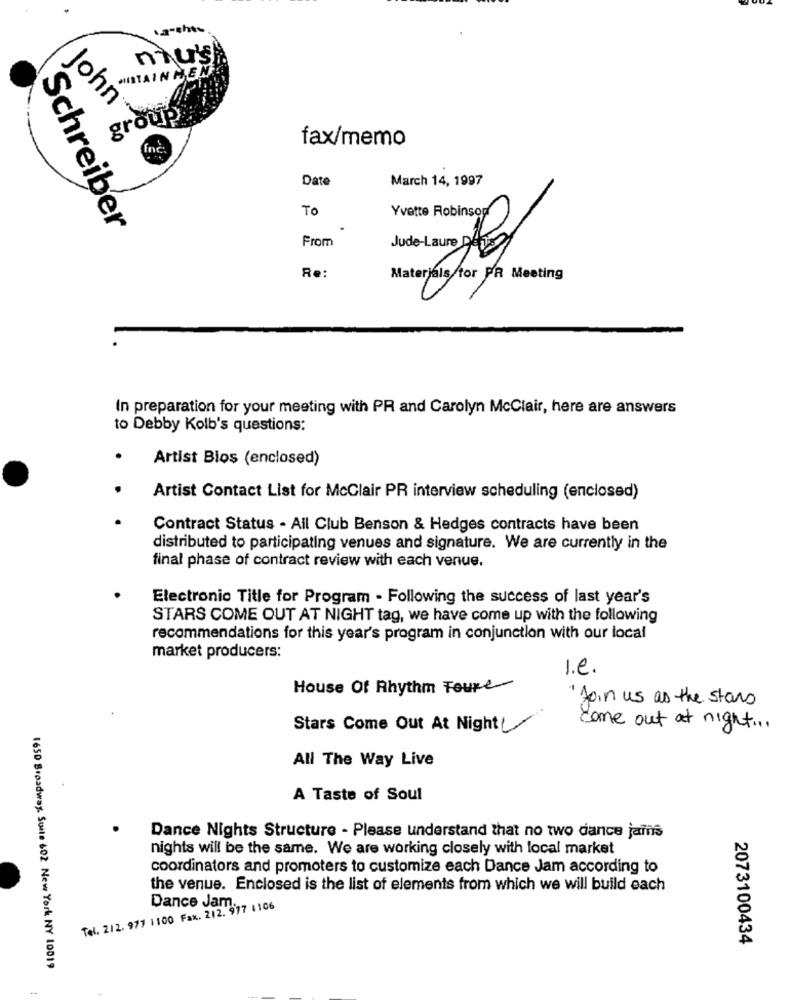
a-this
niu's
INTAINHEM
John"
group
fax/memo
Date
March 14, 1997
To
Yvette Robinson
Schreiber
From
Re:
Materials/tor PR Meeting
In preparation for your meeting with PR and Carolyn McClair, here are answers
to Debby Kolb's questions:
Artist Bios (enclosed)
Artist Contact List for McClair PR interview scheduling (enclosed)
Contract Status - Ail Club Benson & Hedges contracts have been
distributed to participating venues and signature. We are currently in the
final phase of contract review with each venue.
Electronic Title for Program - Following the success of last year's
STARS COME OUT AT NIGHT tag, we have come up with the following
recommendations for this year's program in conjunction with our local
market producers:
I.e.
House Of Rhythm Foure
" Join us as the stars
Stars Come Out At Night !
come out at night ...
All The Way Live
A Taste of Soul
.
Dance Nights Structure - Please understand that no two dance jains
nights will be the same. We are working closely with local market
coordinators and promoters to customize each Dance Jam according to
the venue. Enclosed is the list of elements from which we will build each
Tel. 212. 977 1100 Fax. 212. 977 1106
Dance Jam ..
2073100434
1650 Broadway. Suite 602 New York NY 10019